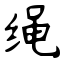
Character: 绳